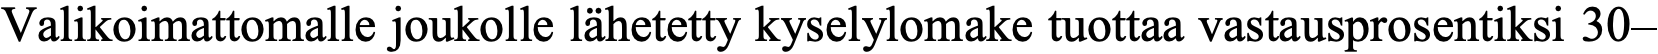
Valikoimattomalle joukolle lähetetty kyselylomake tuottaa vastausprosentiksi 30–